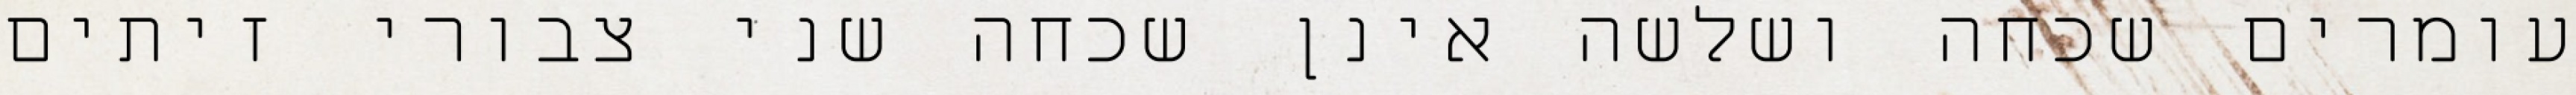
עומרים שכחה ושלשה אינן שכחה שני צבורי זיתים